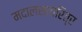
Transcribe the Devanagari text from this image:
मदालसाचरित्र